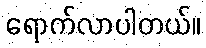
ရောက်လာပါတယ်။